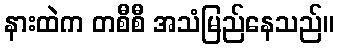
နားထဲက တစီစီ အသံမြည်နေသည်။